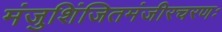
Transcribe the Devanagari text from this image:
मंजुशिंजितमंजीरचरणः